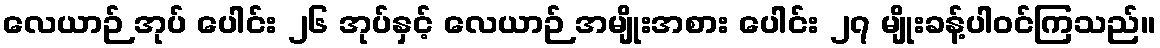
လေယာဉ် အုပ် ပေါင်း ၂၆ အုပ်နှင့် လေယာဉ် အမျိုးအစား ပေါင်း ၂၇ မျိုးခန့်ပါဝင်ကြသည်။